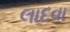
લાદવા